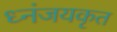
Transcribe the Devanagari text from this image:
ध्नंजयकृत